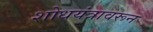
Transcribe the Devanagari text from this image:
शोधयंत्रावरून